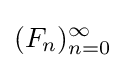
(F_{n})_{n=0}^{\infty }